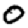
Digit: 0